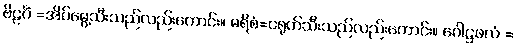
ဗိဠင်္ဂံ =အိပ်မွေ့သီးသည်လည်းကောင်း။ မရိစံ=ငရုတ်သီးသည်လည်းကောင်း။ ဂေါဋ္ဌဖလံ =